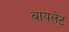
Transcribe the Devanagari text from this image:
बायलेट